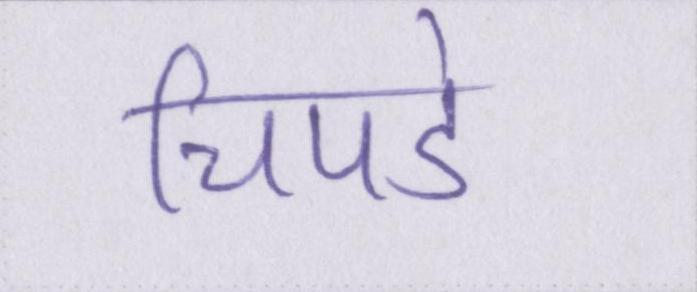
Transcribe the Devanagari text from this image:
चिपडे